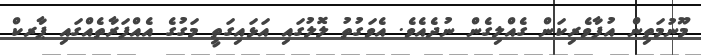
މޫނުމަތިން އުފާވެރިކަން ގެއްލިގެން ނުދެއެވެ. އެވަގުތު ލޮލުގައި އަޅައިގަތީ މަގުގެ އެއްފަރާތެއްގައި ޕާރކް